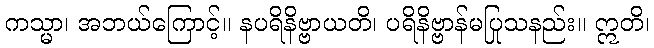
ကသ္မာ၊ အဘယ်ကြောင့်။ နပရိနိဗ္ဗာယတိ၊ ပရိနိဗ္ဗာန်မပြုသနည်း။ ဣတိ၊